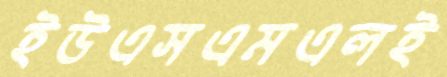
ইউএসএমএলই